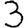
Digit: 3